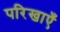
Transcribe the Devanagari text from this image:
परिखाएँ